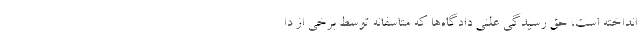
انداخته است، حق رسیدگی علنی دادگاه‌ها که متاسفانه توسط برخی از دا